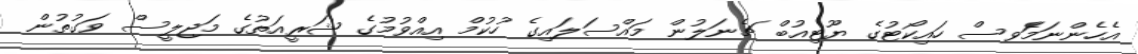
އެހެންނަމަެވސް ހައިކޯޓުގެ ޔޫޓިއުބް ޗެނަލުން މައްސަލައިގެ ހުކުމް އިއްވުމުގެ ޝަރީއަތުގެ މަޖިލީސް ވަގުތުން